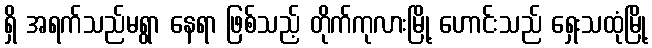
ရှိ အရက်သည်မရွာ နေရာ ဖြစ်သည့် တိုက်ကုလားမြို့ ဟောင်းသည် ရှေးသထုံမြို့